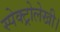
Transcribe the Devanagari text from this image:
स्पेक्ट्रोलेखी।